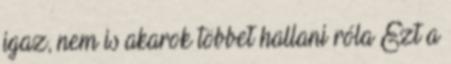
igaz, nem is akarok többet hallani róla Ezt a